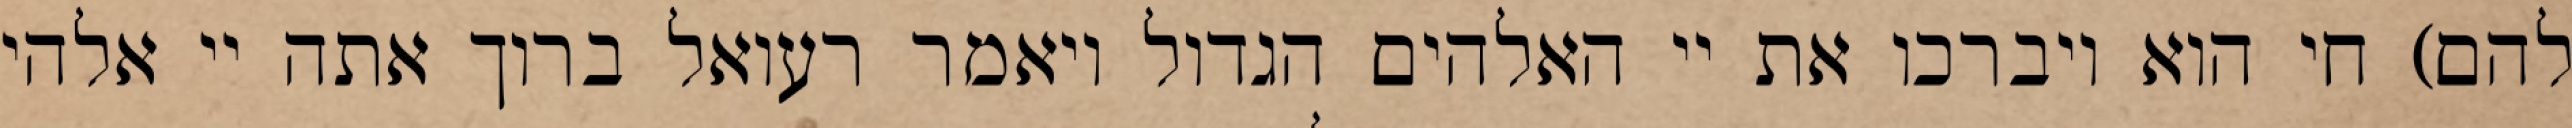
להם) חי הוא ויברכו את יי האלהים הגדול ויאמר רעואל ברוך אתה יי אלהי